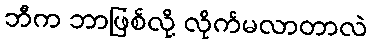
ဘီက ဘာဖြစ်လို့ လိုက်မလာတာလဲ